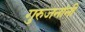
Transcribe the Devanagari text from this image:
गुरुजनांनी